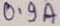
Text: 0.9A